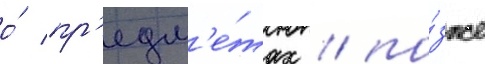
о́ пр'едм'е́тах / по́зже